Mental hospitals Bombay report 1929-33 - 1929-1933
Year: 1929
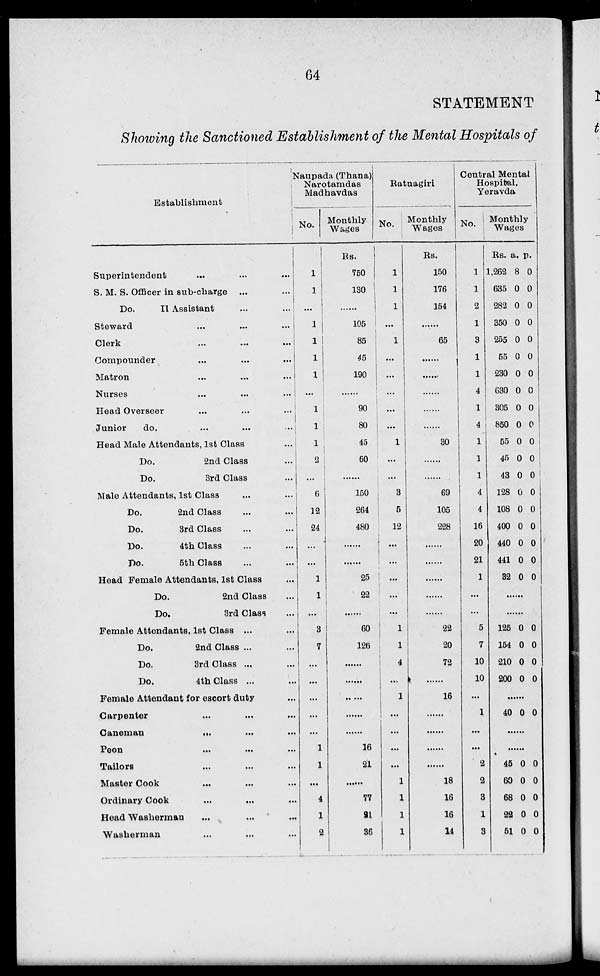
64
STATEMENT
Showing the Sanctioned Establishment of the Mental Hospitals of
Establishment
Superintendent ... ... ...
S. M. S. Officer in sub-charge ... ...
Do.
II Assistant ... ...
Steward ... ... ...
Clerk
...
...
...
Compounder
...
...
...
Matron
...
...
...
Nurses ... ... ...
Head Overseer
...
...
...
Junior
do. ... ... ...
Head Male Attendants, 1st Class ...
Do.
2nd Class ...
Do.
3rd Class ...
Male Attendants, 1st Class ... ...
Do.
2nd Class ... ...
Do.
3rd Class ... ...
Do.
4th Class ... ...
Do.
5th Class ... ...
Head Female Attendants, 1st Class ...
Do.
2nd Class ...
Do.
3rd Class ...
Female Attendants, 1st Class ...
Do.
2nd Class ... ...
Do.
3rd Class ... ...
Do.
4th Class ... ...
Female Attendant for escort duty ...
Carpenter ... ... ...
Caneman ... ... ...
Peon
...
...
...
Tailors ... ... ...
Master Cook ... ... ...
Ordinary Cook ... ... ...
Head Washerman ... ... ...
Washerman ... ... ...
Naupada (Thana)
Narotamdas
Madhavdas
No.
1
1
...
1
1
1
1
...
1
1
1
2
...
6
12
24
...
...
1
1
...
3
7
...
...
...
...
...
1
1
...
4
1
2
Monthly
Wages
Rs.
750
130
105
85
45
190
......
90
80
45
60
......
150
264
480
......
......
25
22
......
60
126
......
......
......
......
......
16
21
......
77
21
36
Ratnagiri
No.
1
1
1
...
1
...
...
...
...
...
1
...
...
3
5
12
...
...
...
...
...
1
1
4
...
1
...
...
...
...
1
1
1
1
Monthly
Wages
Rs.
150
176
154
......
65
......
......
......
......
......
30
......
......
69
105
228
......
......
......
......
......
22
20
72
16
......
......
......
......
18
16
16
14
Central Mental
Hospital,
Yeravda
No.
1
1
2
1
3
1
1
4
1
4
1
1
1
4
4
16
20
21
1
...
...
5
7
10
10
...
1
...
...
2
2
3
1
3
Monthly
Wages
Rs.
1,262
635
282
350
255
55
230
630
305
850
55
45
43
128
108
400
440
441
32
a.
8
0
0
0
0
0
0
0
0
0
0
0
0
0
0
0
0
0
0
p.
0
0
0
0
0
0
0
0
0
0
0
0
0
0
0
0
0
0
0
......
......
125
154
210
200
0
0
0
0
0
0
0
0
......
40 0 0
......
......
45
60
68
22
51
0
0
0
0
0
0
0
0
0
0